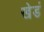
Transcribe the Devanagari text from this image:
खेडं